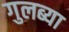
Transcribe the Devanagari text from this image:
गुलब्या